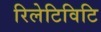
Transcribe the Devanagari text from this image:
रिलेटिविटि